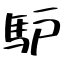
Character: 馿